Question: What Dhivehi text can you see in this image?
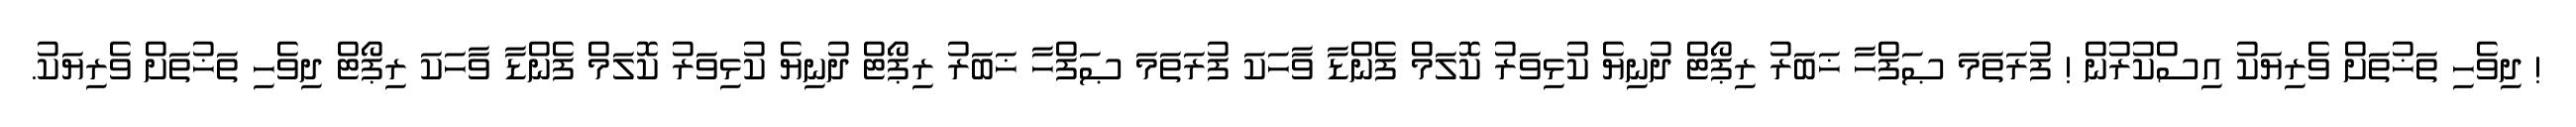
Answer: ! ދިވެހި ތަޚުތަށް ވެރިޔަކު އިސްކުރުން ! ފުރަތަމަ ޞަފްހާ ޚަބަރު ރިޕޯޓް ދުނިޔެ ކުޅިވަރު ކޮލަމް ފެންޑާ ވާހަކަ ފުރަތަމަ ޞަފްހާ ޚަބަރު ރިޕޯޓް ދުނިޔެ ކުޅިވަރު ކޮލަމް ފެންޑާ ވާހަކަ ރިޕޯޓް ދިވެހި ތަޚުތަށް ވެރިޔަކު.